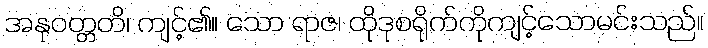
အနုဝတ္တတိ၊ ကျင့်၏။ သော ရာဇ၊ ထိုဒုစရိုက်ကိုကျင့်သောမင်းသည်။